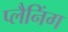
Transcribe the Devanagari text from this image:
प्‍लैनिंग